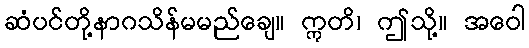
ဆံပင်တို့နာဂသိန်မမည်ချေ။ ဣတိ၊ ဤသို့။ အဝေါ